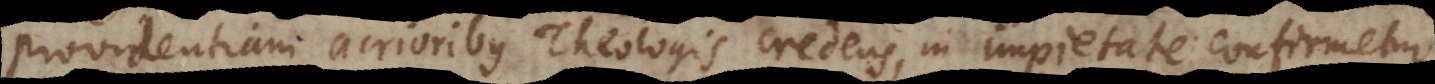
providentiam acrioribus Theologis credens, in impietate confirmetur.